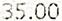
35.00